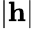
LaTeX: |\mathbf{h}|